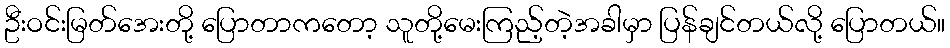
ဦးဝင်းမြတ်အေးတို့ ပြောတာကတော့ သူတို့မေးကြည့်တဲ့အခါမှာ ပြန်ချင်တယ်လို့ ပြောတယ်။